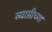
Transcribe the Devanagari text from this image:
व्याप्तीच्या